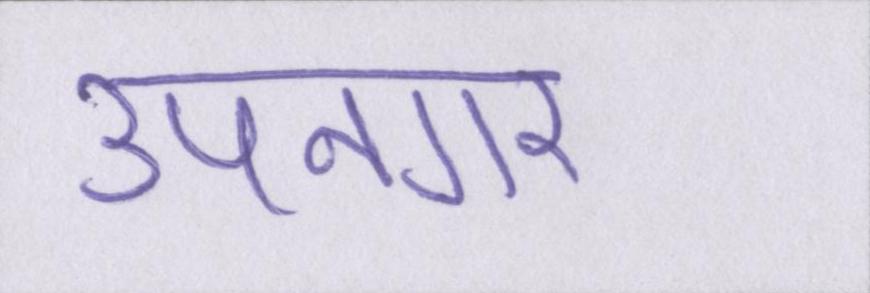
उपनगर